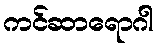
ကင်ဆာရောဂါ